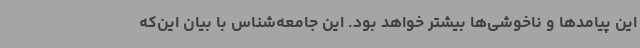
این پیامدها و ناخوشی‌ها بیشتر خواهد بود. این جامعه‌شناس با بیان این‌که